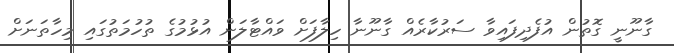
ގާނޫނީ ގޮތުން އުފެދިފައިވާ ސަރުކާރެއް ގާނޫނާ ހިލާފަށް ވައްޓާލަން އުޅުމުގެ ތުހުމަތުގައި މިހާތަނަށް